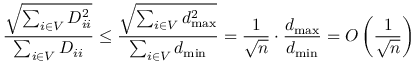
\frac { \sqrt { \sum _ { i \in V } D _ { i i } ^ { 2 } } } { \sum _ { i \in V } D _ { i i } } \leq \frac { \sqrt { \sum _ { i \in V } d _ { \operatorname* { m a x } } ^ { 2 } } } { \sum _ { i \in V } d _ { \operatorname* { m i n } } } = \frac { 1 } { \sqrt { n } } \cdot \frac { d _ { \operatorname* { m a x } } } { d _ { \operatorname* { m i n } } } = O \left( \frac { 1 } { \sqrt { n } } \right)